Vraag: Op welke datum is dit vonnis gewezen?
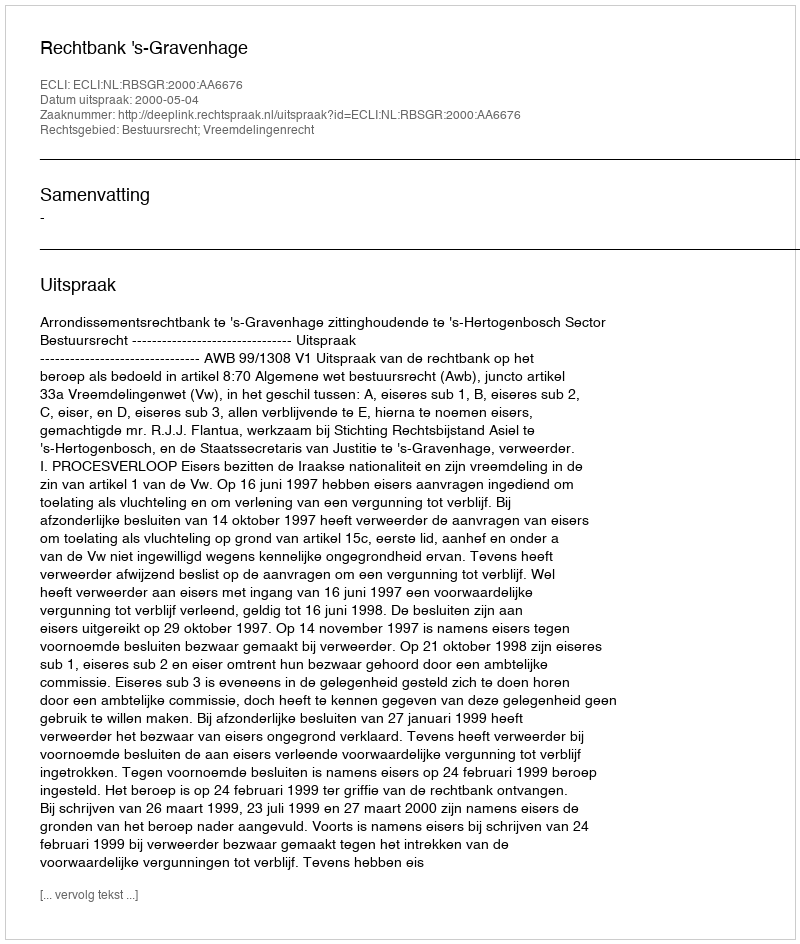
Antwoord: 2000-05-04